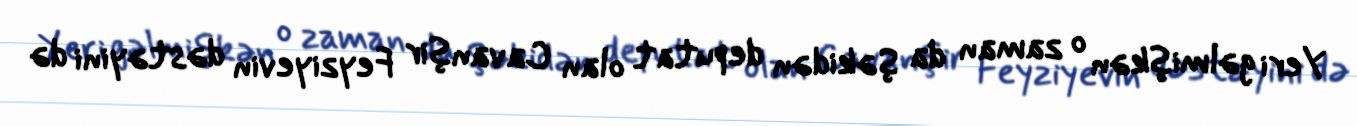
Yeri gəlmişkən o zaman da Şəkidən deputat olan Cavanşir Feyziyevin dəstəyini də